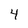
Character: 4